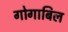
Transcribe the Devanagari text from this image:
गोगाबिल